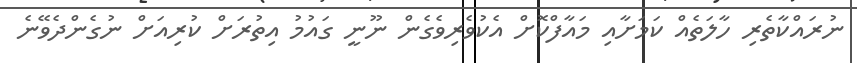
ނުރައްކާތެރި ހާލަތެއް ކަމަށާއި މައާފްކޮށް އެކުވެރިވެގެން ނޫނީ ގައުމު އިތުރަށް ކުރިއަށް ނުގެންދެވޭނެ